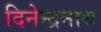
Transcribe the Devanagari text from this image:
दिनेन्द्रनाथ